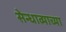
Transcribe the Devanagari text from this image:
सेन्धाव्याच्या